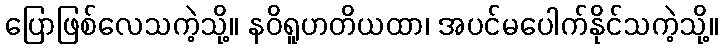
ပြောဖြစ်လေသကဲ့သို့။ နဝိရူဟတိယထာ၊ အပင်မပေါက်နိုင်သကဲ့သို့။